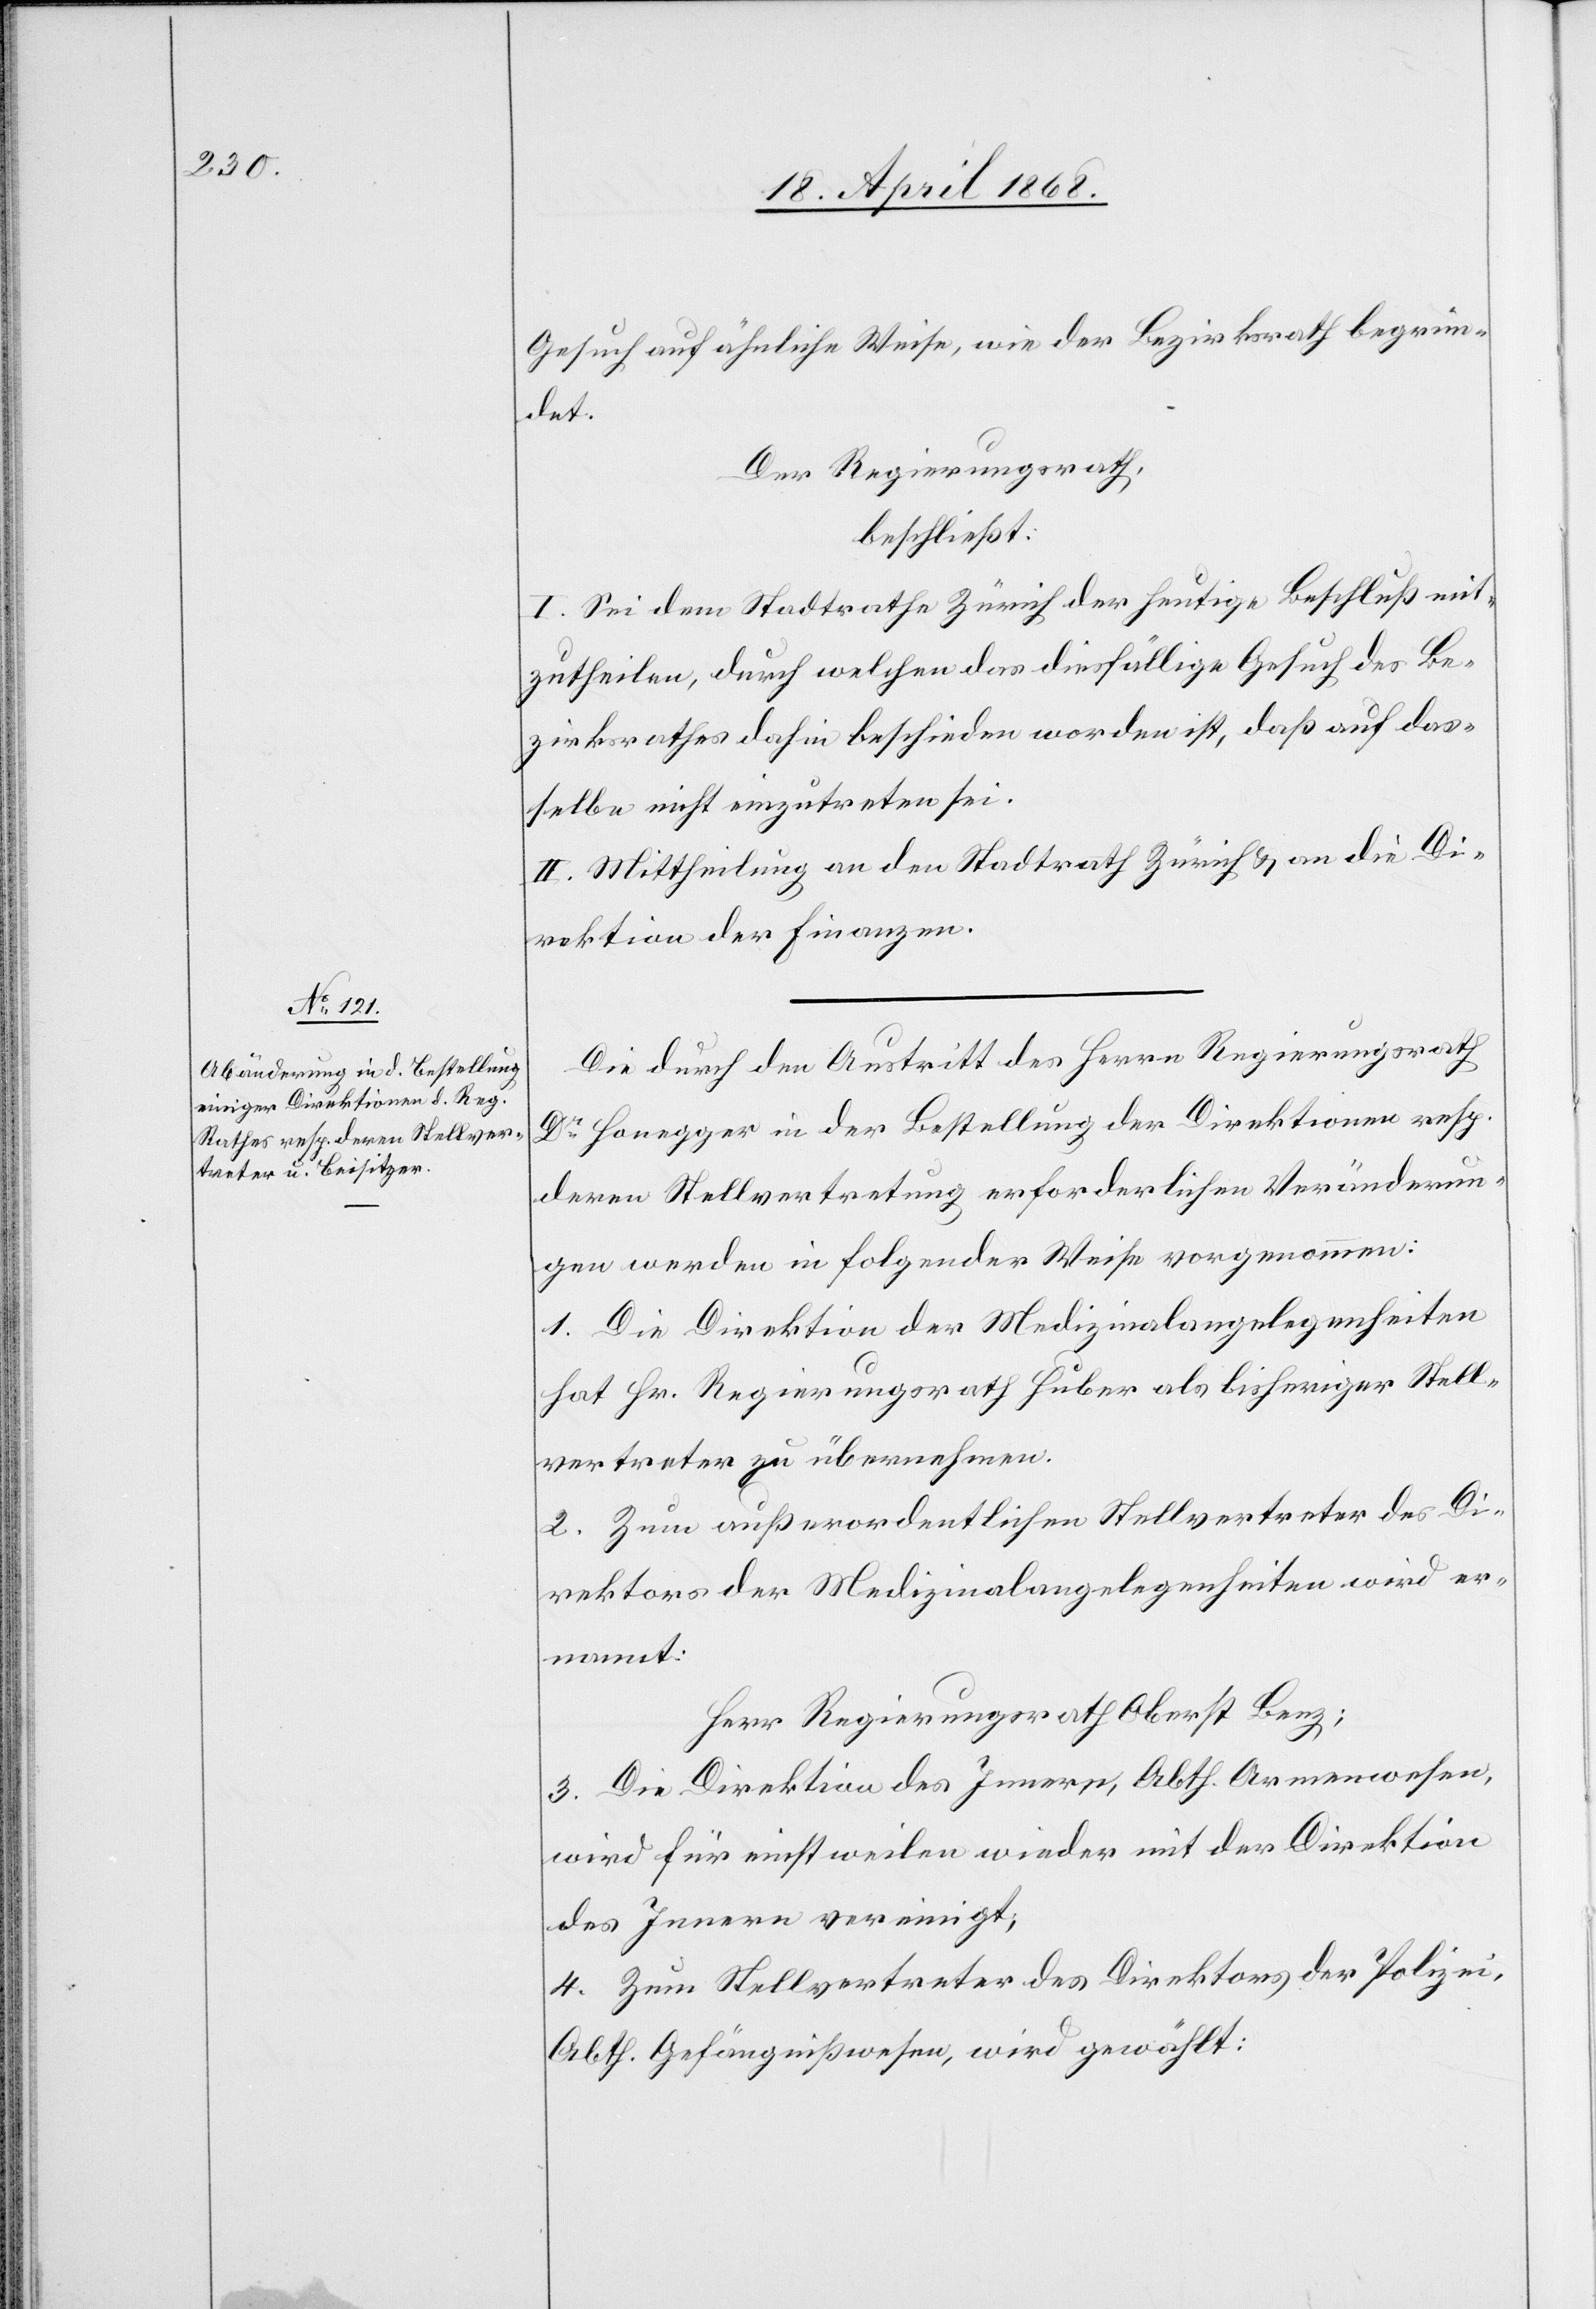
Gesuch auf ähnliche Weise, wie der Bezirksrath begrün¬
det.
Der Regierungsrath,
beschließt:
I. Sei dem Stadtrathe Zürich der heutige Beschluß mit¬
zutheilen, durch welchen das diesfällige Gesuch des Be¬
zirksrathes dahin beschieden worden ist, daß auf das¬
selbe nicht einzutreten sei.
II. Mittheilung an den Stadtrath Zürich & an die Di¬
rektion der Finanzen.
Die durch den Austritt des Herrn Regierungsrath
Dr. Honegger in der Bestellung der Direktionen resp.
deren Stellvertretung erforderlichen Veränderun¬
gen werden in folgender Weise vorgenommen:
1. Die Direktion der Medizinalangelegenheiten
hat Hr. Regierungsrath Huber als bisheriger Stell¬
vertreter zu übernehmen.
2. Zum außerordentlichen Stellvertreter des Di¬
rektors der Medizinalangelegenheiten wird er¬
nannt:
Herr Regierungsrath Oberst Benz;
3. Die Direktion des Innern, Abth. Armenwesen,
wird für einstweilen wieder mit der Direktion
des Innern vereinigt;
4. Zum Stellvertreter des Direktors der Polizei,
Abth. Gefängnißwesen, wird gewählt: